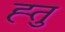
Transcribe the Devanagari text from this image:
ह्तु